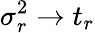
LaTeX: \sigma_{r}^{2}\to t_{r}